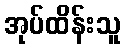
အုပ်ထိန်းသူ